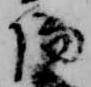
陽